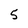
Character: 5